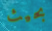
بحيث